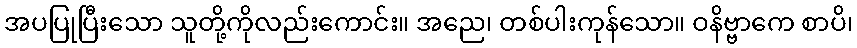
အပပြုပြီးသော သူတို့ကိုလည်းကောင်း။ အညေ၊ တစ်ပါးကုန်သော။ ဝနိဗ္ဗာကေ စာပိ၊